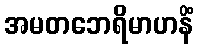
အမတဘေရိမာဟနိံ